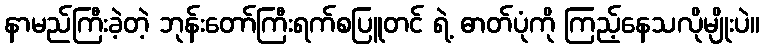
နာမည်ကြီးခဲ့တဲ့ ဘုန်းတော်ကြီးရက်စပြူတင် ရဲ့ ဓာတ်ပုံကို ကြည့်နေသလိုမျိုးပဲ။